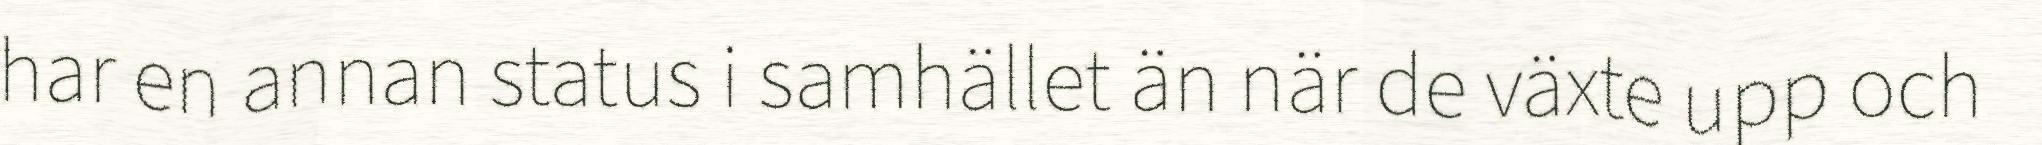
har en annan status i samhället än när de växte upp och